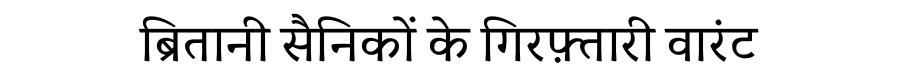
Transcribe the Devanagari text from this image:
ब्रितानी सैनिकों के गिरफ़्तारी वारंट